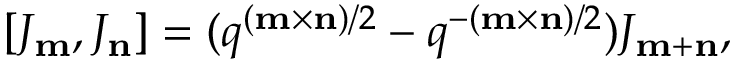
[ J _ { \bf m } , J _ { \bf n } ] = ( q ^ { ( { \bf m } \times { \bf n } ) / 2 } - q ^ { - ( { \bf m } \times { \bf n } ) / 2 } ) J _ { { \bf m } + { \bf n } } ,